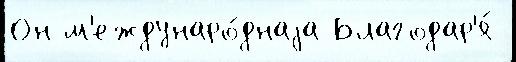
Он м'еждунаро́днаjа Благодар'я́